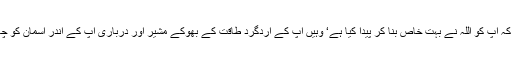
ایک طرف آپ نے خود کو یقین دلایا ہوتا ہے کہ آپ کو اللہ نے بہت خاص بنا کر پیدا کیا ہے‘ وہیں آپ کے اردگرد طاقت کے بھوکے مشیر اور درباری آپ کے اندر آسمان کو چھوتی انا کو بھی مزید ہوا دے رہے ہوتے ہیں۔